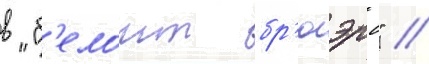
в "б'елоит бр'юэрс" //